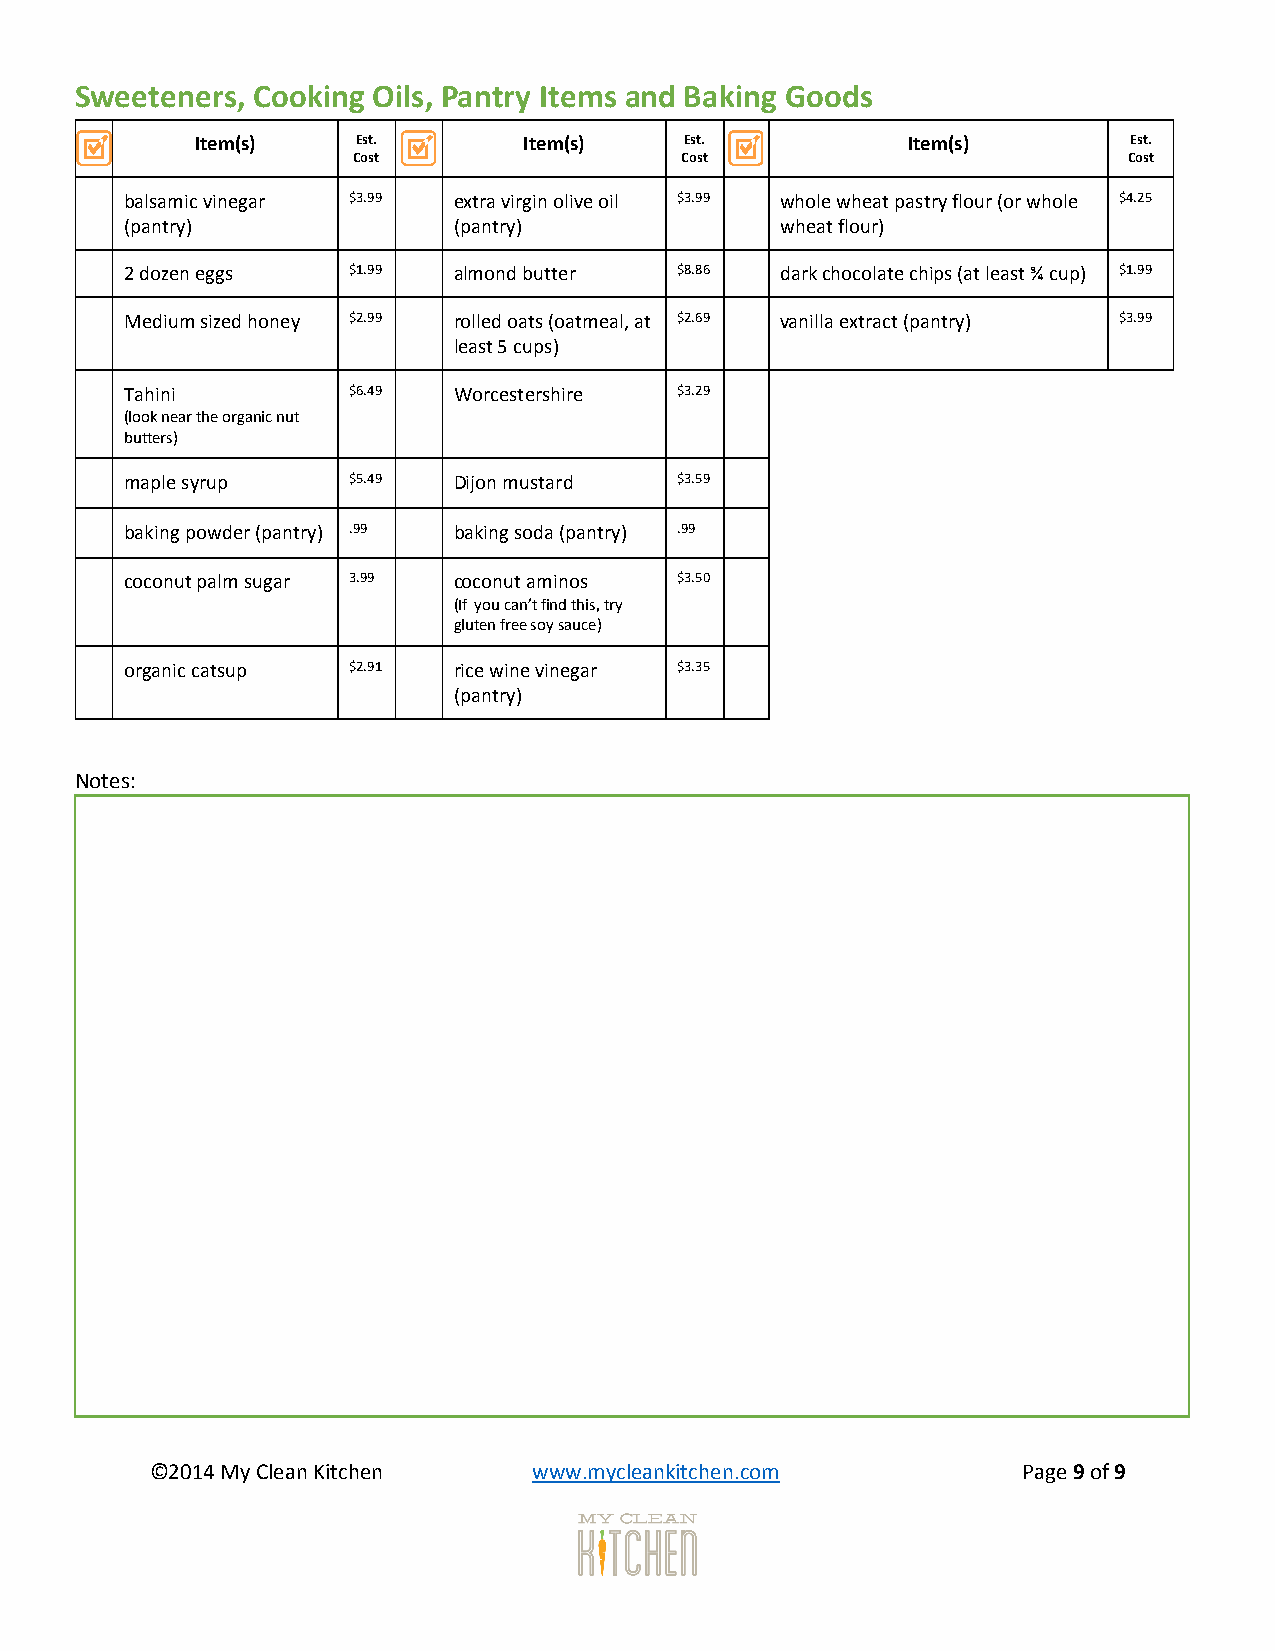
Sweeteners, Cooking Oils, Pantry Items and Baking Goods
 Item(s)    Est.       Item(s)   Est.           Item(s)        Est.
 Cost                  Cost                          Cost
 balsamic vinegar $3.99 extra virgin olive oil $3.99 whole wheat pastry flour (or whole $4.25
 (pantry)              (pantry)              wheat flour)
 2 dozen eggs   $1.99  almond butter  $8.86  dark chocolate chips (at least ¾ cup) $1.99
 Medium sized honey $2.99 rolled oats (oatmeal, at $2.69 vanilla extract (pantry) $3.99
 least 5 cups)
 Tahini         $6.49  Worcestershire $3.29
 (look near the organic nut
 butters)
 maple syrup    $5.49  Dijon mustard  $3.59
 baking powder (pantry) .99 baking soda (pantry) .99
 coconut palm sugar 3.99 coconut aminos $3.50
 (If you can’t find this, try
 gluten free soy sauce)
 organic catsup $2.91  rice wine vinegar $3.35
 (pantry)
 Notes:
 ©2014 My Clean Kitchen   www.mycleankitchen.com           Page 9 of 9